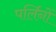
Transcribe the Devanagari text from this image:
पर्लिनों